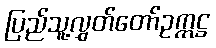
ပြည်သူ့လွှတ်တော်ဥက္ကဋ္ဌ